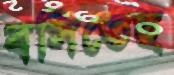
বসিতেছ